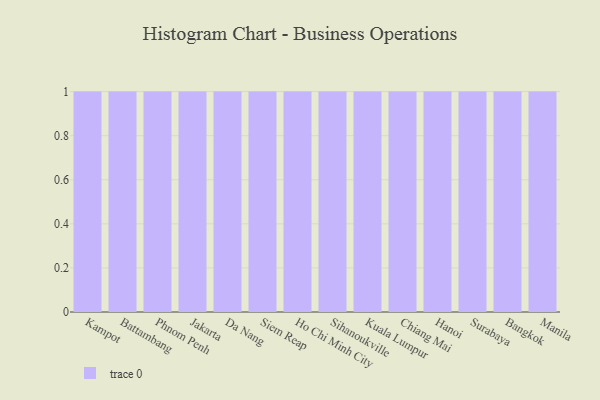
{"axis": {"x": "City", "y": "Revenue (USD Million)"}, "legend": [""], "data": [{"x": "Kampot", "y": 38, "type": ""}, {"x": "Battambang", "y": 24, "type": ""}, {"x": "Phnom Penh", "y": 72, "type": ""}, {"x": "Jakarta", "y": 77, "type": ""}, {"x": "Da Nang", "y": 44, "type": ""}, {"x": "Siem Reap", "y": 53, "type": ""}, {"x": "Ho Chi Minh City", "y": 60, "type": ""}, {"x": "Sihanoukville", "y": 30, "type": ""}, {"x": "Kuala Lumpur", "y": 47, "type": ""}, {"x": "Chiang Mai", "y": 82, "type": ""}, {"x": "Hanoi", "y": 8, "type": ""}, {"x": "Surabaya", "y": 54, "type": ""}, {"x": "Bangkok", "y": 59, "type": ""}, {"x": "Manila", "y": 46, "type": ""}]}